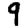
Digit: 9